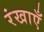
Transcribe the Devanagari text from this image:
रंखाएँ